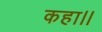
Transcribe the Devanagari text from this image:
कहा।।